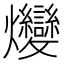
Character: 𤓩